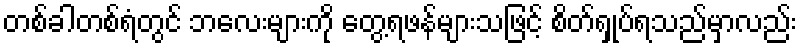
တစ်ခါတစ်ရံတွင် ဘလေးများကို တွေ့ရဖန်များသဖြင့် စိတ်ရှုပ်ရသည်မှာလည်း